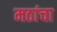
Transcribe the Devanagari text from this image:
मठांचा